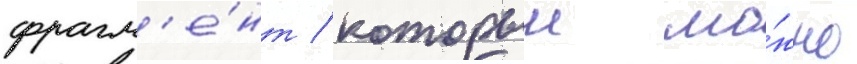
фрагм'е́нт / которыи мо́жно